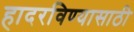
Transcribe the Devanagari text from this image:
हादरविण्यासाठी